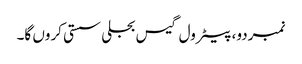
نمبردو، پیٹرول گیس بجلی سستی کروں گا۔